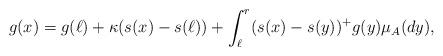
LaTeX: \begin{align*}g(x)=g(\ell) +\kappa (s(x)-s(\ell))+ \int_{\ell}^r (s(x)-s(y))^+g(y)\mu_A(dy),\end{align*}